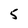
Character: 5